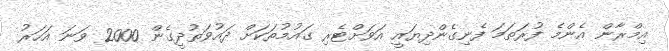
އިމްރާން އެންމެ ފުރަތަމަ ފެނިގެންދިޔައީ އަވަށްޓެރި ގައުމުތަކަށް ދައުވަތުދީގެން 2000 ވަނަ އަހަރު